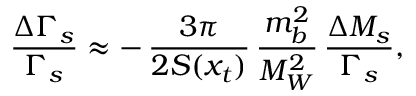
\frac { \Delta \Gamma _ { s } } { \Gamma _ { s } } \approx - \, \frac { 3 \pi } { 2 S ( x _ { t } ) } \, \frac { m _ { b } ^ { 2 } } { M _ { W } ^ { 2 } } \, \frac { \Delta M _ { s } } { \Gamma _ { s } } ,